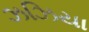
ઝઝિયા